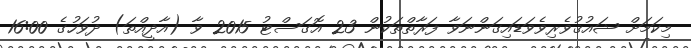
މިކަމަށް ޝައުޤުވެރިވެވަޑައިގަންނަވާ ފަރާތްތަކުން 23 އޮގަސްޓު 2015 ވާ (އާދީއްތަ) ދުވަހުގެ 16:00